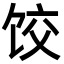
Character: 饺